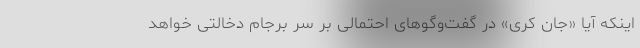
اینکه آیا «جان کری» در گفت‌وگوهای احتمالی بر سر برجام دخالتی خواهد